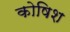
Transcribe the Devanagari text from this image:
कोषिश